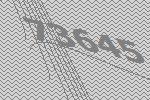
73645